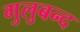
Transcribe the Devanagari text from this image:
गुलुबन्द